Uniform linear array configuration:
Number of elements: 4
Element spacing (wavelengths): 1
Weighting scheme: binomial
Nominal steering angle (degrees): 60
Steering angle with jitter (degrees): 58.477
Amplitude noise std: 0.05
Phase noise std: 0.05

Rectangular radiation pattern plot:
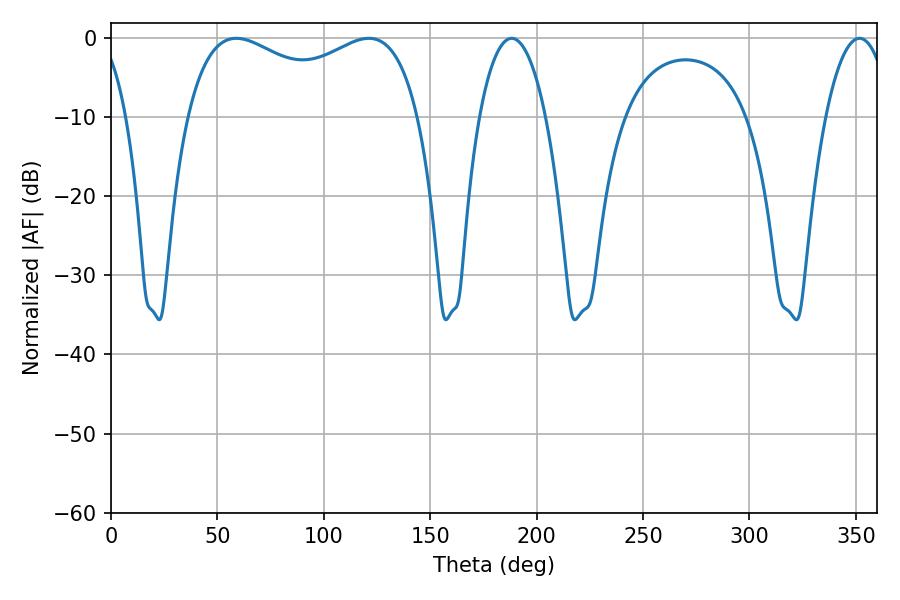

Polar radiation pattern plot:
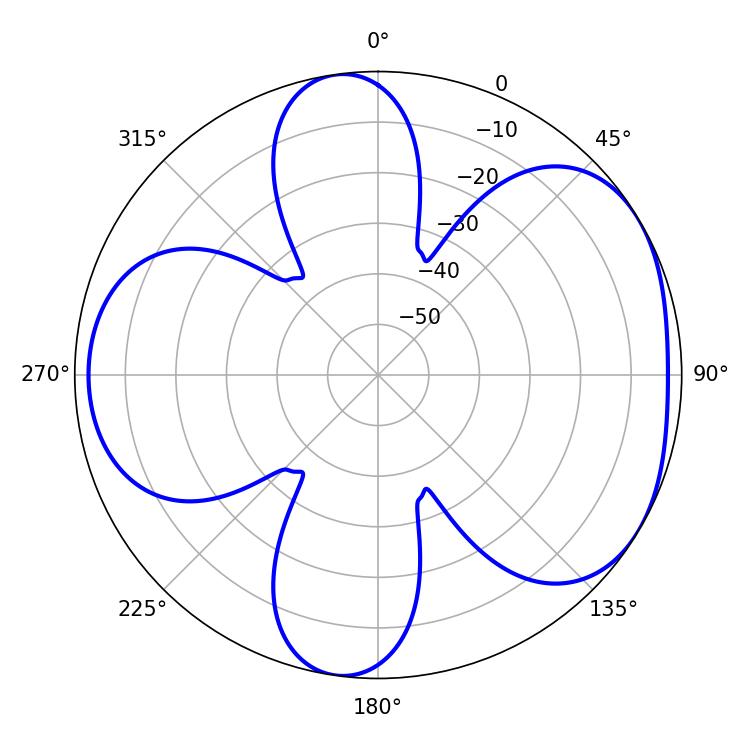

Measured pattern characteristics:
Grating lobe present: TRUE
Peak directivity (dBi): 4.693
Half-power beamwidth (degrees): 17.1
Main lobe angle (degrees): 351.72